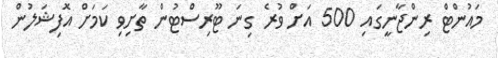
މައުންޓް ރިންޖާނީގައި 500 އަށް ވުރެ ގިނަ ޓޫރިސްޓުން ތާށިވި ކަމަަށް އޮފިޝަލުން